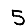
Digit: 5